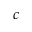
c